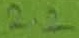
Text: 2.2